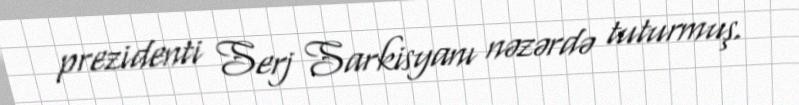
prezidenti Serj Sarkisyanı nəzərdə tuturmuş.